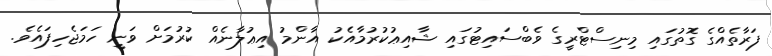
ފަރާތެއްގެ ގޮތުގައި މިނިސްޓްރީގެ ވެބްސައިޓުގައި ޝާއިޢުކުރުމާއެކު އާންމު އިޢުލާނެއް ކުރުމަށް ވަނީ ހަމަޖެހިފައެވެ.